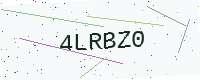
Text: 4LRBZ0